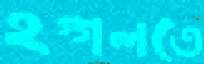
হগ্গলতে